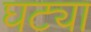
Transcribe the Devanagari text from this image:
घट्या